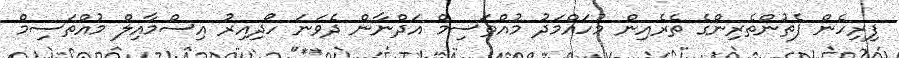
ފިރިހެން ފެތުންތެރިންގެ ތެރެއިން މުހައްމަދު މުއްތަސިމް އަދްނާން ދެވަނަ ހޯދިއިރު އިސްމާއިލް މުއްތަސިމް